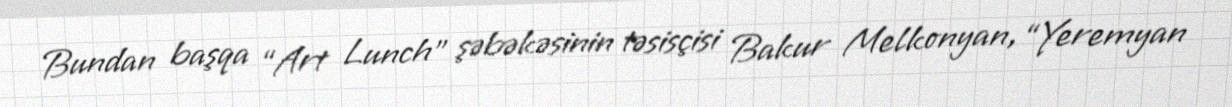
Bundan başqa “Art Lunch” şəbəkəsinin təsisçisi Bakur Melkonyan, “Yeremyan